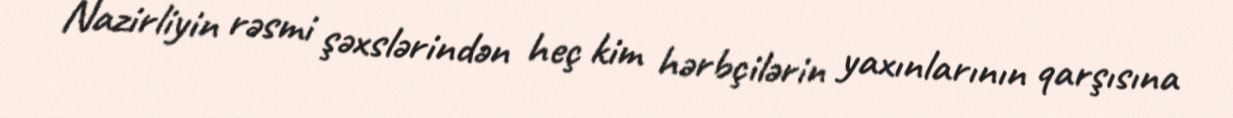
Nazirliyin rəsmi şəxslərindən heç kim hərbçilərin yaxınlarının qarşısına